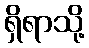
ရှိရာသို့